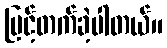
မြင့်တက်ခဲ့ပါတယ်။